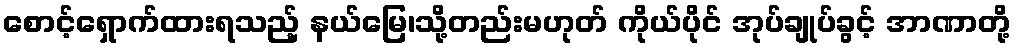
စောင့်ရှောက်ထားရသည့် နယ်မြေ၊သို့တည်းမဟုတ် ကိုယ်ပိုင် အုပ်ချုပ်ခွင့် အာဏာတို့